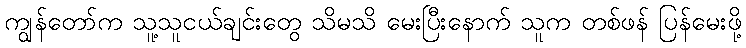
ကျွန်တော်က သူ့သူငယ်ချင်းတွေ သိမသိ မေးပြီးနောက် သူက တစ်ဖန် ပြန်မေးဖို့